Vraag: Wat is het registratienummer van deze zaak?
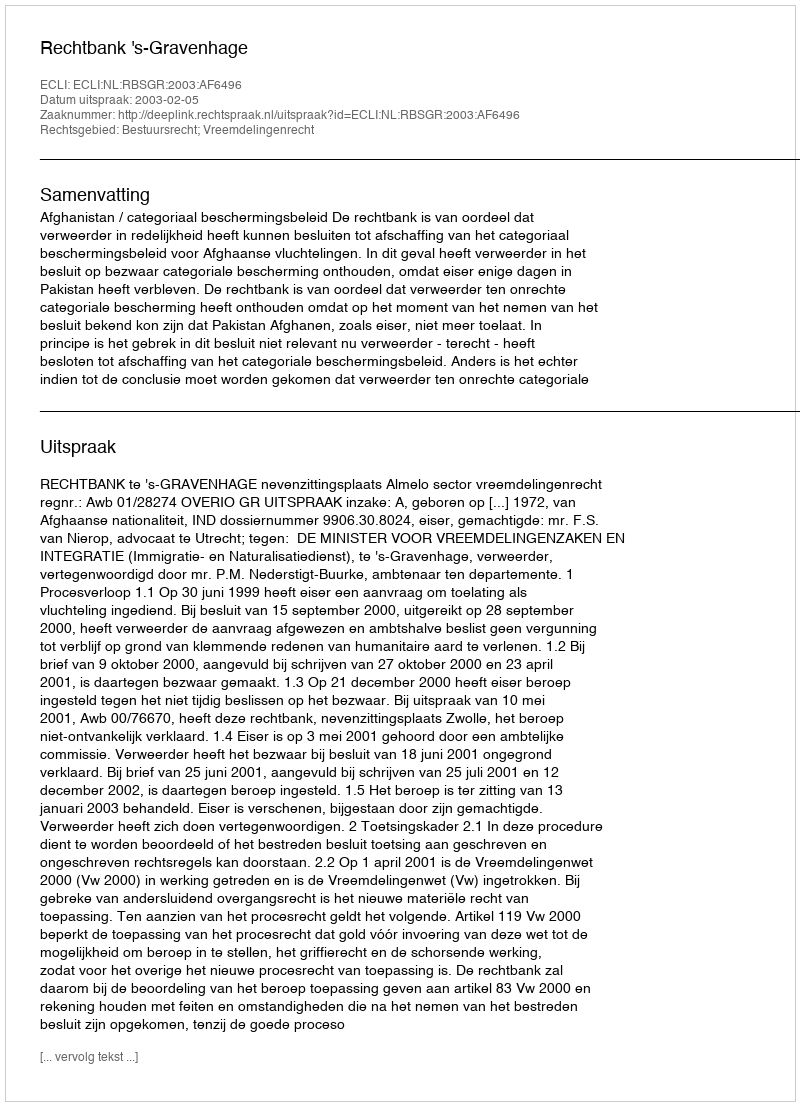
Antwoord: http://deeplink.rechtspraak.nl/uitspraak?id=ECLI:NL:RBSGR:2003:AF6496